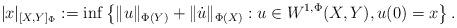
LaTeX: \begin{align*}|x|_{[X,Y]_\Phi} := \inf \left\{\|u \|_{\Phi(Y)} + \|\dot u \|_{\Phi(X)}: u \in W^{1,\Phi}(X,Y), u(0)=x \right\}.\end{align*}